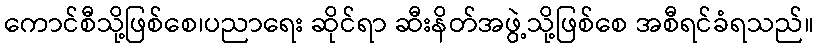
ကောင်စီသို့ဖြစ်စေ၊ပညာရေး ဆိုင်ရာ ဆီးနိတ်အဖွဲ့သို့ဖြစ်စေ အစီရင်ခံရသည်။